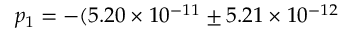
p _ { 1 } = - ( 5 . 2 0 \times 1 0 ^ { - 1 1 } \pm 5 . 2 1 \times 1 0 ^ { - 1 2 }